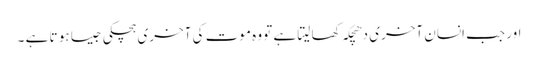
اور جب انسان آخری دھچکہ کھا لیتا ہے تو وہ موت کی آخری ہچکی جیسا ہو تا ہے ۔